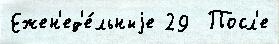
Ежен'ед'е́льныjе 29  Посл'е